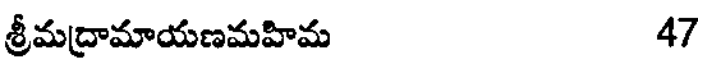
శ్రీమద్రామాయణమహిమ 47